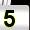
Digit: 5